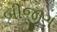
બીજીગ